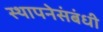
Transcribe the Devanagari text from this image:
स्थापनेसंबंधी